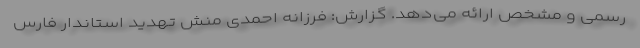
رسمی و مشخص ارائه می‌دهد. گزارش: فرزانه احمدی منش تهدید استاندار فارس